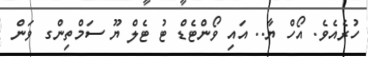
ހުރެއެވެ. އޯހް ޔާ.. އައި ވޯންޓެޑް ޓު ޓެލް ޔޫ ސަމްތިންގ ވަން